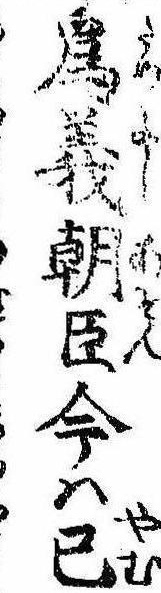
為義朝臣今は已